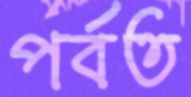
পর্বত